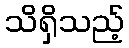
သိရှိသည့်